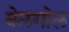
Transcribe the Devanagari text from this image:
बेलगोल